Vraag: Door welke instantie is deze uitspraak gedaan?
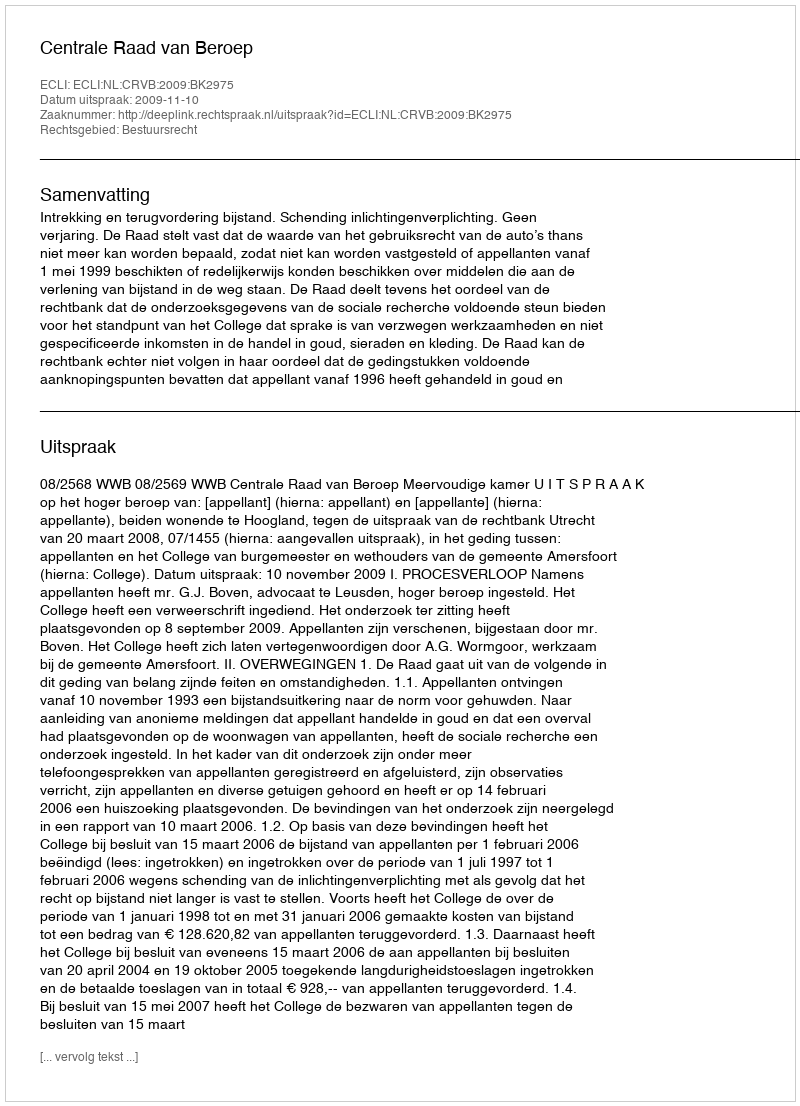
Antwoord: Centrale Raad van Beroep